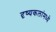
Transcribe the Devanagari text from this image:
दृष्यकलांमध्ये